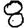
Digit: 8